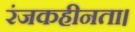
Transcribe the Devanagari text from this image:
रंजकहीनता।